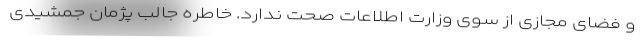
و فضای مجازی از سوی وزارت اطلاعات صحت ندارد. خاطره جالب پژمان جمشیدی